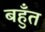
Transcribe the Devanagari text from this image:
बहुँत